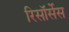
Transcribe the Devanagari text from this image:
रिसॉर्सेस